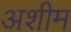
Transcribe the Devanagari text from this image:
अशीम